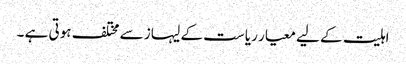
اہلیت کے لیے معیار ریاست کے لیہاز سے مختلف ہوتی ہے ۔